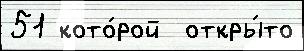
51 кото́рой  откры́то